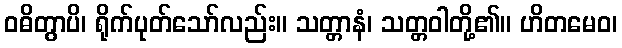
ဝဓိတွာပိ၊ ရိုက်ပုတ်သော်လည်း။ သတ္တာနံ၊ သတ္တဝါတို့၏။ ဟိတမေဝ၊